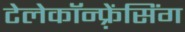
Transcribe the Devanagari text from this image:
टेलेकॉन्फ़्रेंसिंग